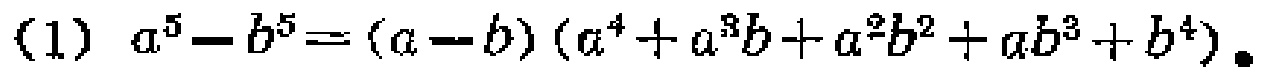
\((1)\ a^{5}-b^{5}=(a - b)(a^{4}+a^{3}b+a^{2}b^{2}+ab^{3}+b^{4})\)